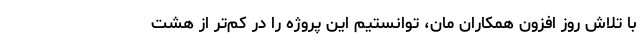
با تلاش روز افزون همکاران مان، توانستیم این پروژه را در کم‌تر از هشت